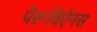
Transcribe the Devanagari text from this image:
पेरूविऐनस